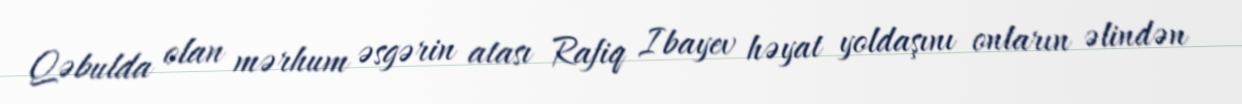
Qəbulda olan mərhum əsgərin atası Rafiq Ibayev həyat yoldaşını onların əlindən